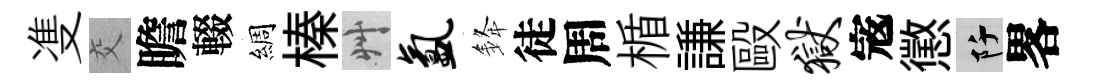
㕠交瞻輟綢榛艸氲𨦟徒周楯謙毆狱𡨥懲阡畧